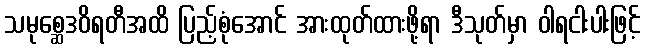
သမုစ္ဆေဒဝိရတီအထိ ပြည့်စုံအောင် အားထုတ်ထားဖို့ရာ ဒီသုတ်မှာ ဝါရငါးပါးဖြင့်